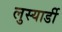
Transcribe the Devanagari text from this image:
लुस्यार्डी